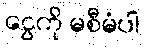
ငွေကို မစီမံပါ